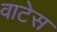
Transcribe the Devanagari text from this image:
वाटेस